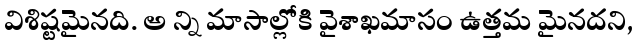
విశిష్టమైనది. అ న్ని మాసాల్లోకి వైశాఖమాసం ఉత్తమ మైనదని,